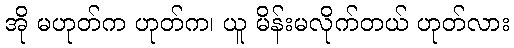
အို မဟုတ်က ဟုတ်က၊ ယူ မိန်းမလိုက်တယ် ဟုတ်လား